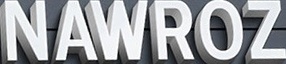
NAWROZ